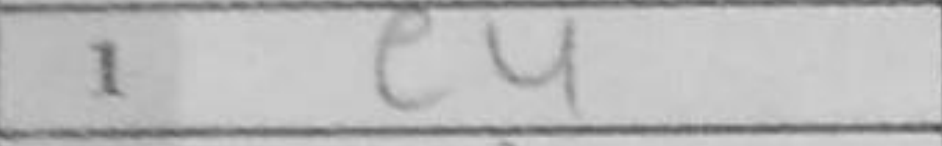
Transcription: e4